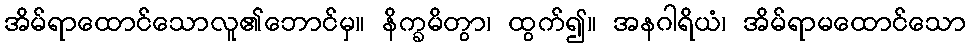
အိမ်ရာထောင်သောလူ၏ဘောင်မှ။ နိက္ခမိတွာ၊ ထွက်၍။ အနဂါရိယံ၊ အိမ်ရာမထောင်သော